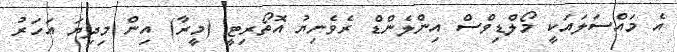
އެ މައްސަލައަކީ މޯލްޑިވްސް އިންލެންޑް ރެވެނިޔު އޮތޯރިޓީ (މީރާ) އިން މިދިޔަ އަހަރު